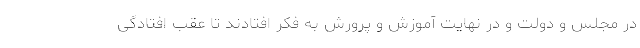
در مجلس و دولت و در نهایت آموزش و پرورش به فکر افتادند تا عقب افتادگی